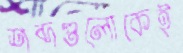
শব্দগুলোকেই